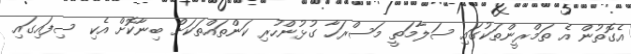
އެގޮތުން އެ ތަމްރީންތަކުގައި ސަލާމަތީ މަސްރަހާ ގުޅުންހުރި ކަންތައްތަކަށް ބިނާކޮށް އެކި ސިފައިގައި